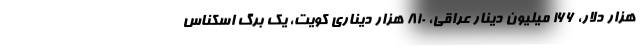
هزار دلار، ۱۶۶ میلیون دینار عراقی، ۸۱۰ هزار دیناری کویت، یک برگ اسکناس